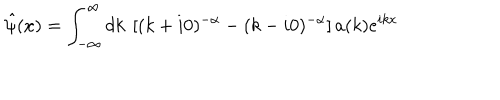
\hat { \psi } ( x ) = \int _ { - \infty } ^ { \infty } d k ~ \left[ ( k + i 0 ) ^ { - \alpha } - ( k - i 0 ) ^ { - \alpha } \right] a ( k ) e ^ { i k x }